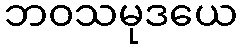
ဘဝသမုဒယေ